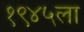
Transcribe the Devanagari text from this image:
१९४५ला